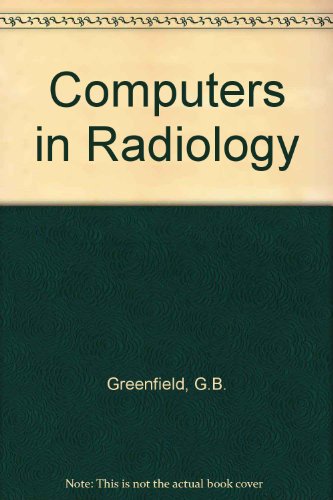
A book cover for Computers in Radiology; George B. Greenfield; Medical Books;